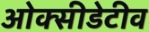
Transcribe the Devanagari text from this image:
ओक्सीडेटीव